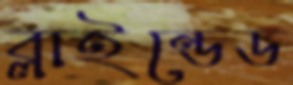
ব্লাইন্ডেড